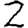
Digit: 2